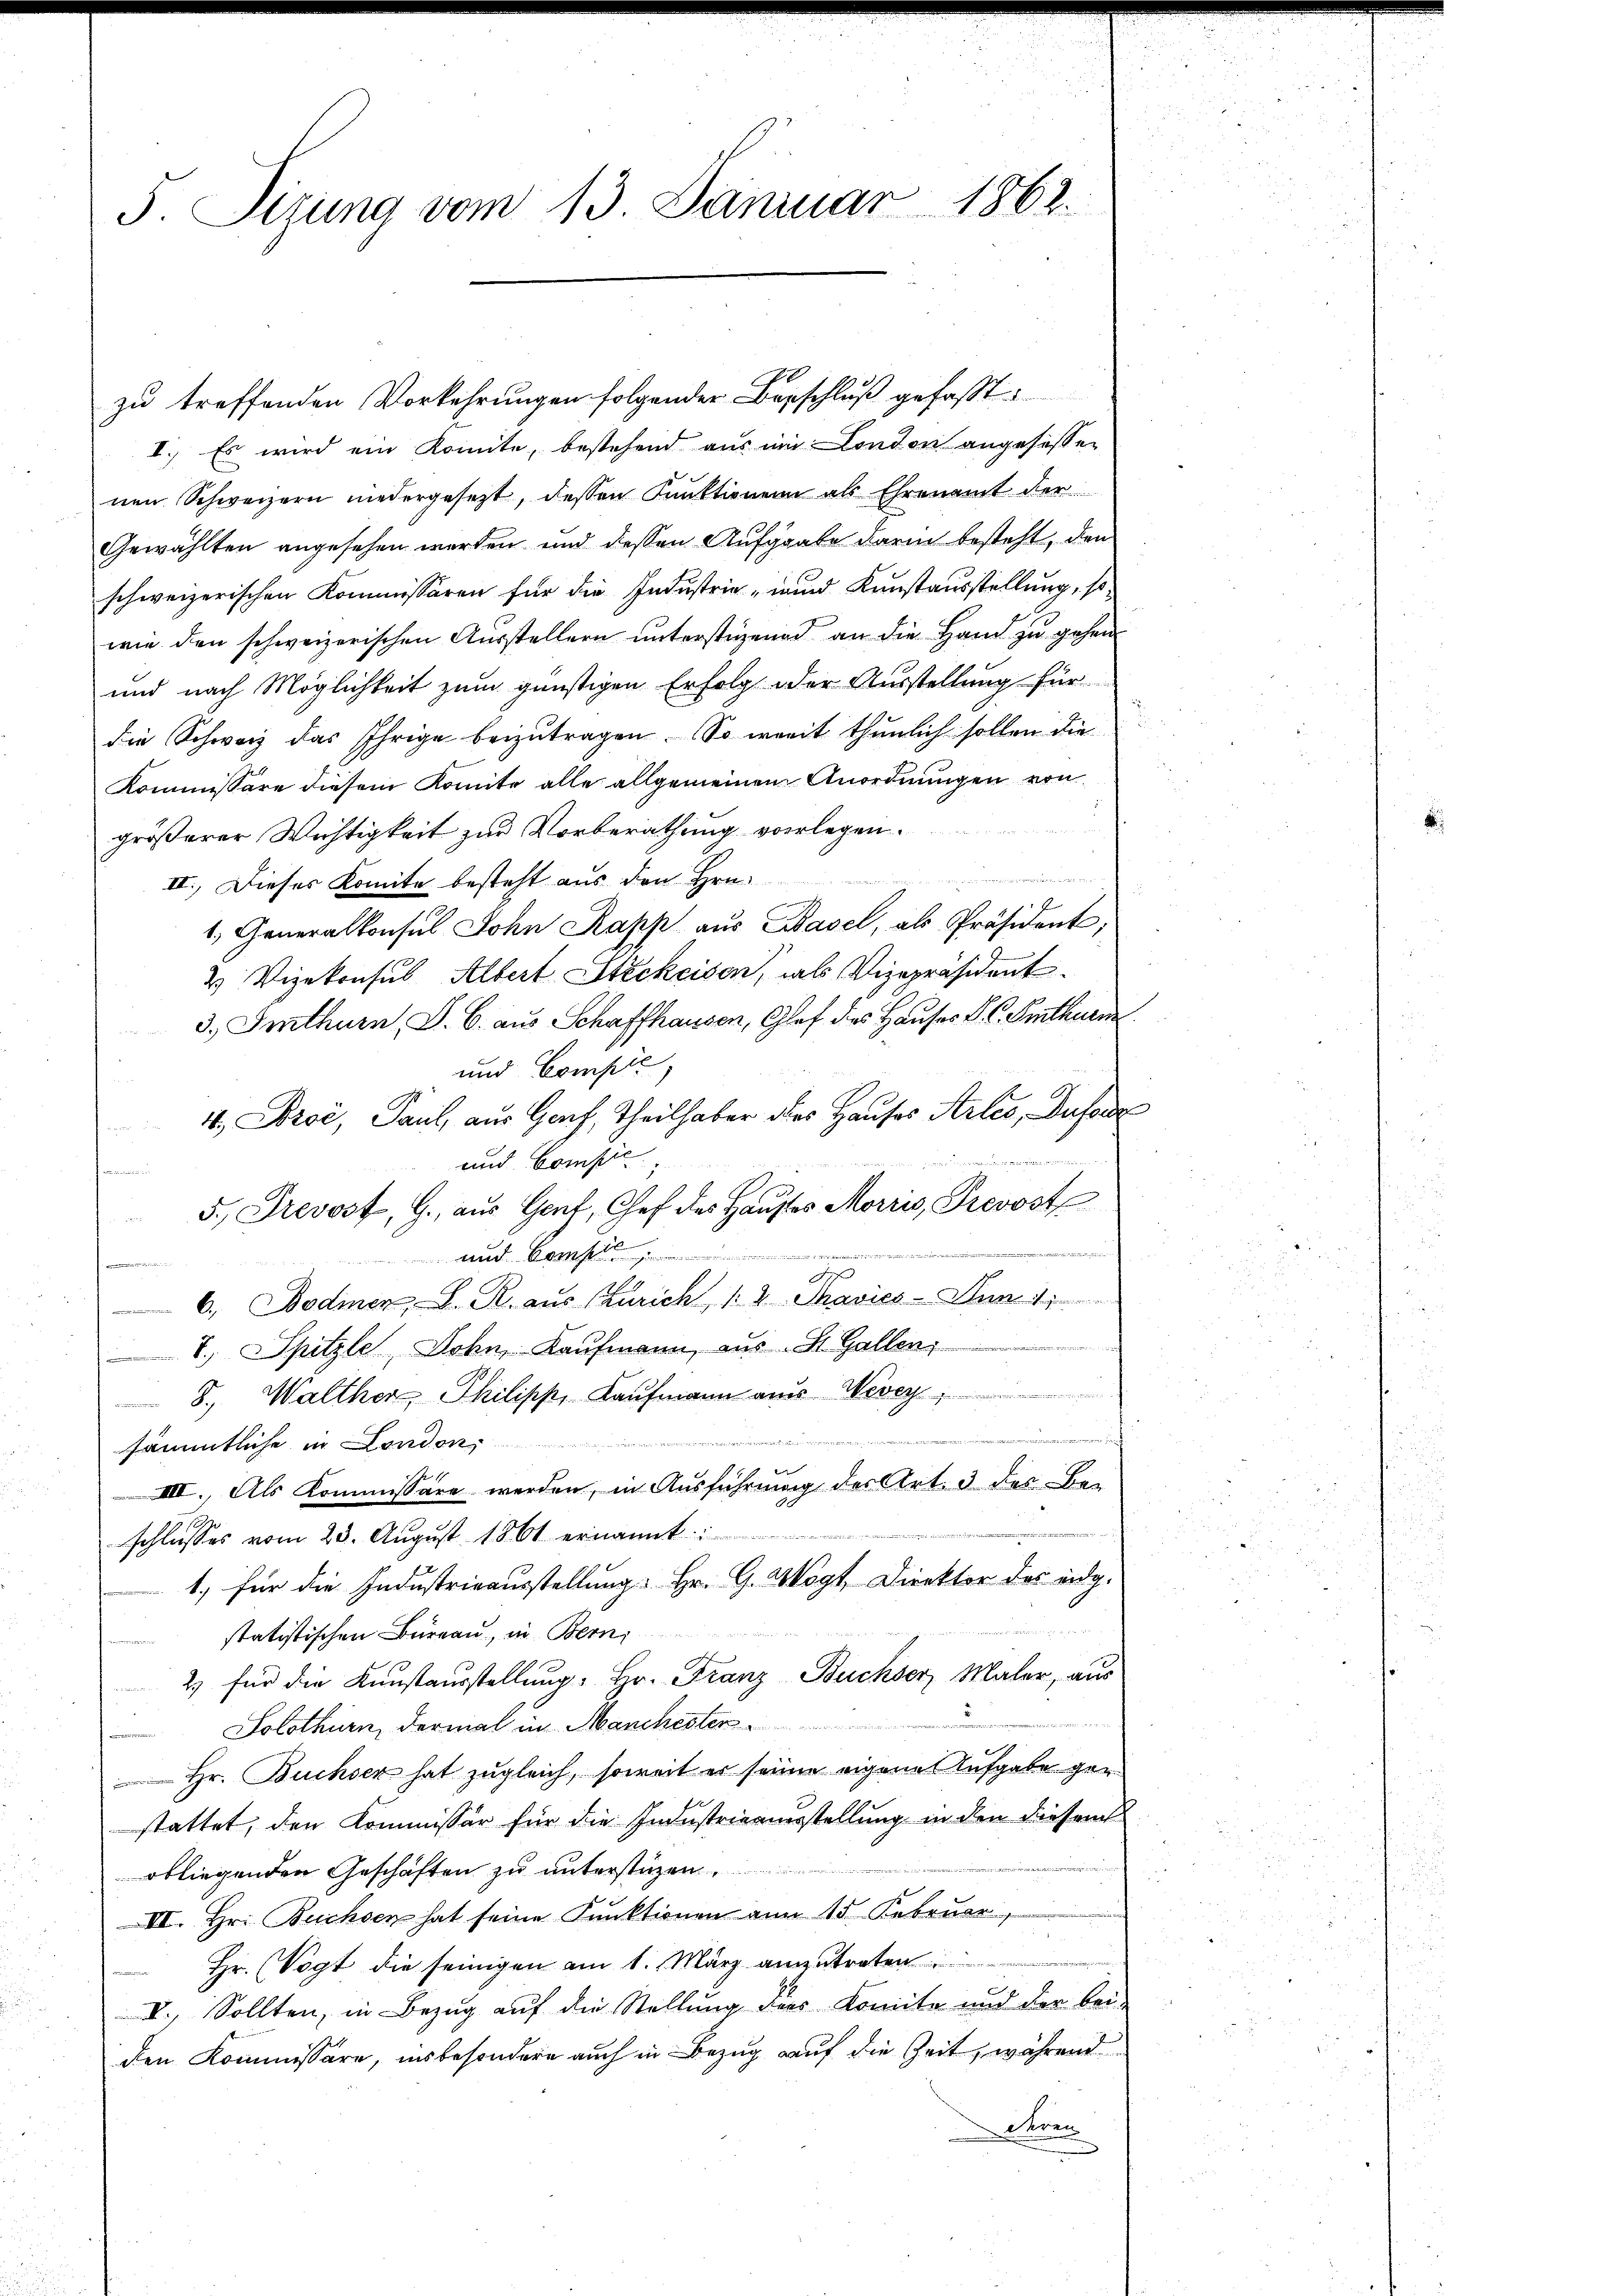
F. Sizung vom 13. Januar 1862.

zu treffenden Vorkehrungen folgender Beschluß gefaßt:
I. Es wird ein Komite, bestehend aus in London angefassen
nen Schweizern niedergesetzt, dessen Punktionen als Ehrenamt der
Gewählten angesehen werden und dessen Aufgaabe darin besteht, den
schweizerischen Kommissären für die Industria" und Kunstausstellung, sowie den schweizerischen Ausstellern unterstigend an die Hand zu gehen
und nach Möglichkeit zum günstigen Erfolg der Ausstellung für
die Schweiz das Ihrige beizutragen. So weit thunlich sollen die
Kommissäre diesem Komite alle allgemeinen Anordnungen von
größerer Wichtigkeit zur Vorberathung vorlegen.
II. Dieses Komite besteht aus den Hrn.
1. Generalkonsul John Kapp aus Basel, als Präsident;
2 Vizekonsus Albert Stickeisen, als Vizepräsident.
3.) Imthurn, S. 6. aus Schaffhausen, Glef des Hauses P. C. Smthurn
und Compte,
4, Proć, Paul, aus Gruf, Theilhaber des Hauses Arles, Dufour
1
und Compte
a
5. Prevost, G. aus Genf, Chef des Hauses Morris, Prevost
r
und Comp
e
6, Bodmer, D. R. aus Zürich 12 Thavics - Anm. 11
8. Spitzle, Sohn, Kaufmann, aus St. Gallen,
8., Walther, Philipp, Kaufmann aus Vevey
n
i
sämmtliche in London,
IIII. Als Kommissäre werden, in Ausführung des Art. 3 des Bei
schliesses vom 28. August 1861 ernannt
1.) für die Industrieausstellung. Hr. G. Wogt, Direktor des eidg.
statistischen Büreau, in Bern,
2) für die Kunstausstellung. Hr. Franz Buchser Maler, aus
Solothurn, dermal in Manchester
Hr. Buchser hat zugleich, soweit er seine eigenes Aufgabe gen
stattet, den Kommissär für die Industrieniesstellung in den diesem
obliegenden Geschäften zu unterstüzen.
III. Hr. Beichsen hat seine Funktionen am 15. Februar,
 Hr. Vogt die seinigen am 1. März anzutreten
VI., Sollten, in Bezug auf die Stellung dies Komite und der beiden Kommissäre, insbesondere auch in Bezug auf die Zeit, während
nen